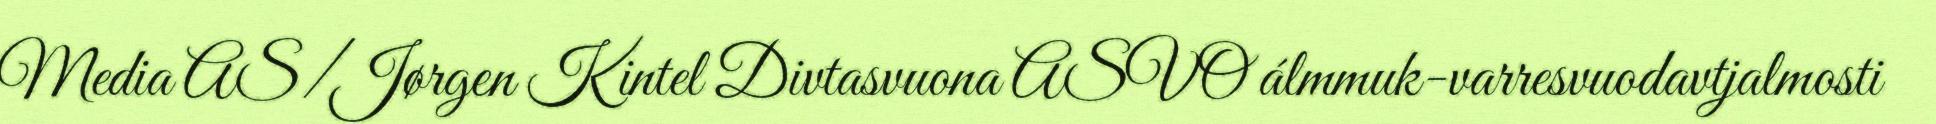
Media AS/Jørgen Kintel Divtasvuona ASVO álmmuk-varresvuodavtjalmosti